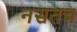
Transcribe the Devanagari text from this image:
नसतच